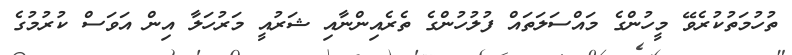
ތުހުމަތުކުރެވޭ މީހުންގެ މައްސަލަތައް ފުލުހުންގެ ތެރެއިންނާއި ޝަރުއީ މަރުހަލާ އިން އަވަސް ކުރުމުގެ